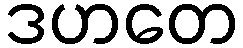
ဒဟတေ